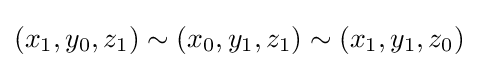
(x_{1},y_{0},z_{1})\sim (x_{0},y_{1},z_{1})\sim (x_{1},y_{1},z_{0})